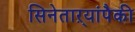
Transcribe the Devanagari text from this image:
सिनेताऱ्यांपैकी